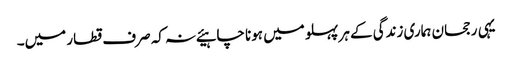
یہی رجحان ہماری زندگی کے ہر پہلو میں ہونا چاہیئے نہ کہ صرف قطار میں۔